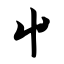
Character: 屮